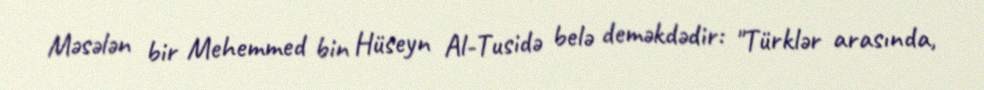
Məsələn bir Mehemmed bin Hüseyn Al-Tusidə belə deməkdədir: "Türklər arasında,